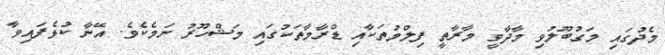
މެދުގައި މަގުބޫލުވި މާދާވީ މާރާތީ ފިލްމުތަކާއި ޑްރާމާތަކުގައި މަޝްހޫރު ނަމެކެވެ. އޭނާ ކުޅެފައިވާ